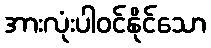
အားလုံးပါဝင်နိုင်သော